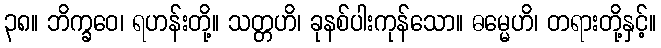
၃၈။ ဘိက္ခဝေ၊ ရဟန်းတို့။ သတ္တဟိ၊ ခုနစ်ပါးကုန်သော။ ဓမ္မေဟိ၊ တရားတို့နှင့်။